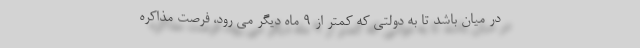
در میان باشد تا به دولتی که کمتر از 9 ماه دیگر می رود، فرصت مذاکره